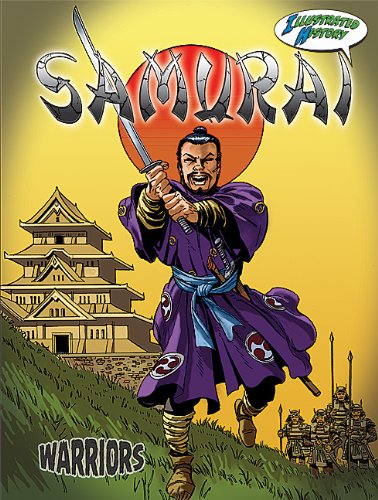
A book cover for Samurai (Warriors Graphic Illustrated); Don McLeese; Children's Books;